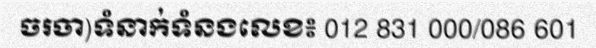
ចរចា)ទំនាក់ទំនងលេខ៖ 012 831 000/086 601